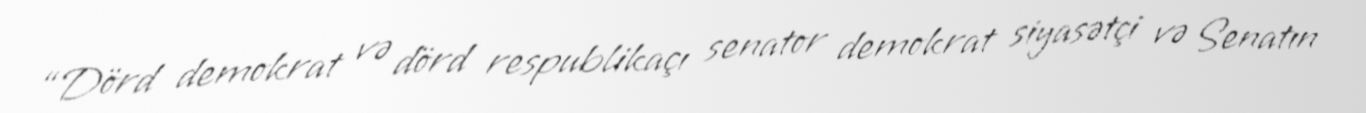
“Dörd demokrat və dörd respublikaçı senator demokrat siyasətçi və Senatın